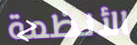
الأنظمة